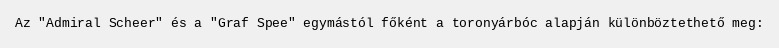
Az "Admiral Scheer" és a "Graf Spee" egymástól főként a toronyárbóc alapján különböztethető meg: